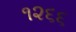
૧૨૬૬